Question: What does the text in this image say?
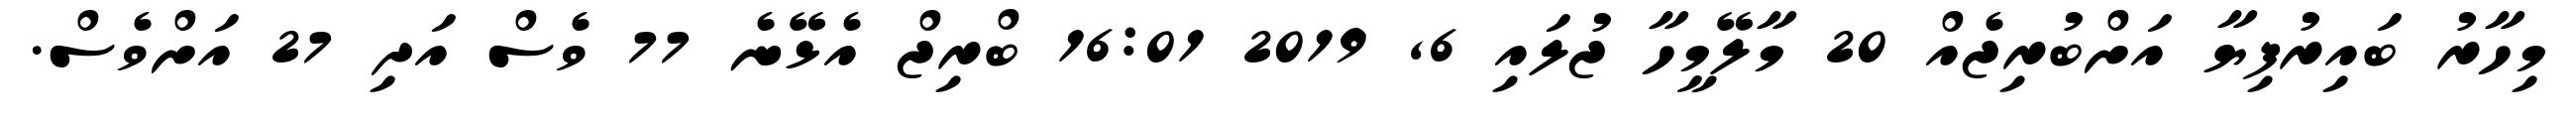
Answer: މިހާރު ބައިރުފިޔާ އަށްބުރިޖެއް 20 މާލޭމީހާ ޖުލައި 6, 2019 16:01 ބްރިޖް އެޅޭނެ 77 ވެސް އަދި 27 އަށްވެސް.